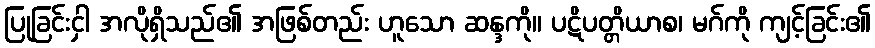
ပြုခြင်းငှါ အလိုရှိသည်၏ အဖြစ်တည်း ဟူသော ဆန္ဒကို။ ပဋိပတ္တိယာစ၊ မဂ်ကို ကျင့်ခြင်း၏